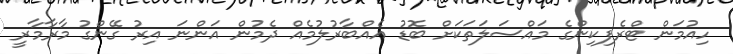
ހިއުމަން ޓްރެފިކިންގެ މައްސަލަތަކަށް ބޮޑު އެއްބާރުލުމެއް ދެމުން އަންނަ އިރު ގޭންގު މާރާމާރީ